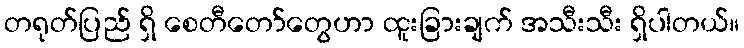
တရုတ်ပြည် ရှိ စေတီတော်တွေဟာ ထူးခြားချက် အသီးသီး ရှိပါတယ်။